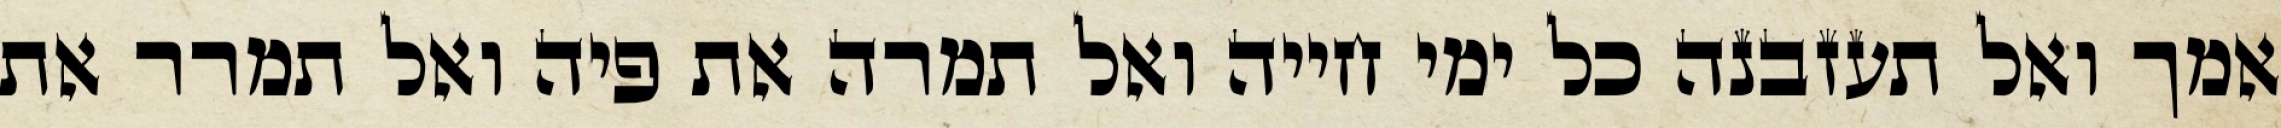
אמך ואל תעזבנה כל ימי חייה ואל תמרה את פיה ואל תמרר את